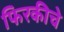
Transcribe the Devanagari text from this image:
फिरकीचे